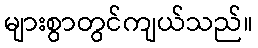
များစွာတွင်ကျယ်သည်။